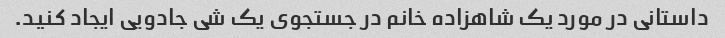
داستانی در مورد یک شاهزاده خانم در جستجوی یک شی جادویی ایجاد کنید.